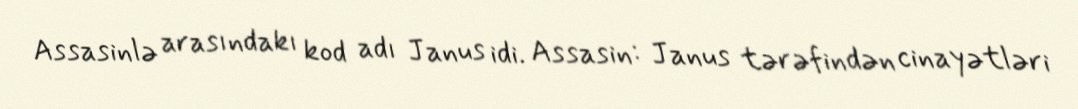
Assasinlə arasındakı kod adı Janus idi. Assasin: Janus tərəfindən cinayətləri